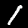
Digit: 1